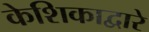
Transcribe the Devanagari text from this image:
केशिकाद्वारे